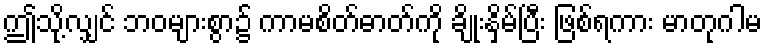
ဤသို့လျှင် ဘဝများစွာ၌ ကာမစိတ်ဓာတ်ကို ချိုးနှိမ်ပြီး ဖြစ်ရကား မာတုဂါမ